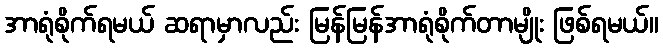
အာရုံစိုက်ရမယ် ဆရာမှာလည်း မြန်မြန်အာရုံစိုက်တာမျိုး ဖြစ်ရမယ်။